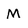
Character: M